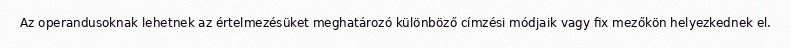
Az operandusoknak lehetnek az értelmezésüket meghatározó különböző címzési módjaik vagy fix mezőkön helyezkednek el.